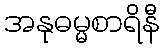
အနုဓမ္မစာရိနီ